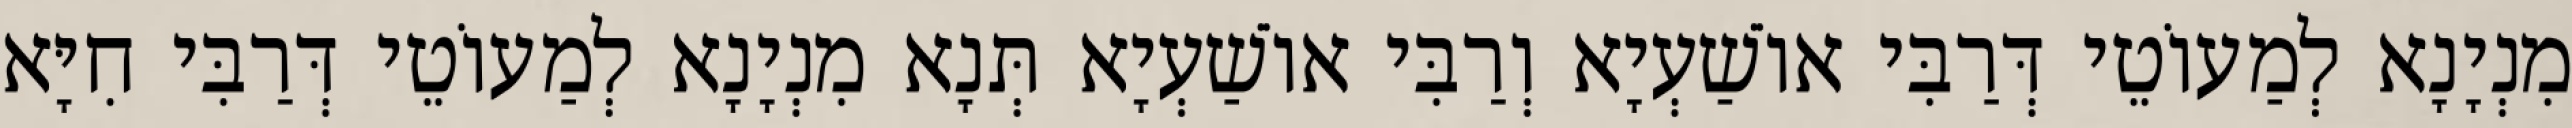
מִנְיָנָא לְמַעוֹטֵי דְּרַבִּי אוֹשַׁעְיָא וְרַבִּי אוֹשַׁעְיָא תְּנָא מִנְיָנָא לְמַעוֹטֵי דְּרַבִּי חִיָּא